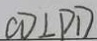
C D \bot P D